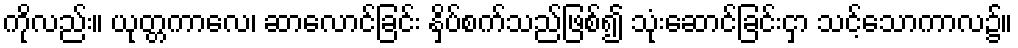
ကိုလည်း။ ယုတ္တကာလေ၊ ဆာလောင်ခြင်း နှိပ်စက်သည်ဖြစ်၍ သုံးဆောင်ခြင်းငှာ သင့်သောကာလ၌။